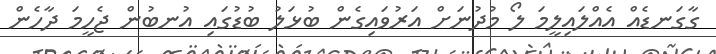
ގާގަނޑެއް އެއްލައިލީމަ ލޯ މުދުނަށް އަރުވައިގެން ބުޅަލު ބުޑުގައި އުނބުން ޖެހީމަ ދާހެން